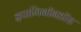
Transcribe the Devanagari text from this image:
इपामिनॉनडॉस